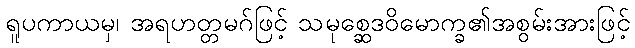
ရူပကာယမှ၊ အရဟတ္တမဂ်ဖြင့် သမုစ္ဆေဒဝိမောက္ခ၏အစွမ်းအားဖြင့်